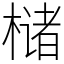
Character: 槠